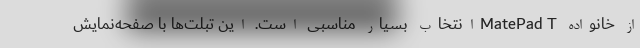
از خانواده MatePad Tانتخاب بسیار مناسبی است. این تبلت‌ها با صفحه‌نمایش